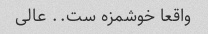
واقعا خوشمزه ست.. عالی